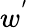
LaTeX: w^{'}